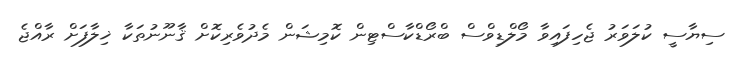
ސިޔާސީ ކުލަވަރު ޖެހިފައިވާ މޯލްޑިވްސް ބްރޯޑްކާސްޓިން ކޮމިޝަން މެދުވެރިކޮށް ޤާނޫނުތަކާ ޚިލާފަށް ރާއްޖެ